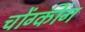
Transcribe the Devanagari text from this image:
चोंग्कींग